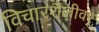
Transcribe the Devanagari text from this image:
विचारशैलीवर